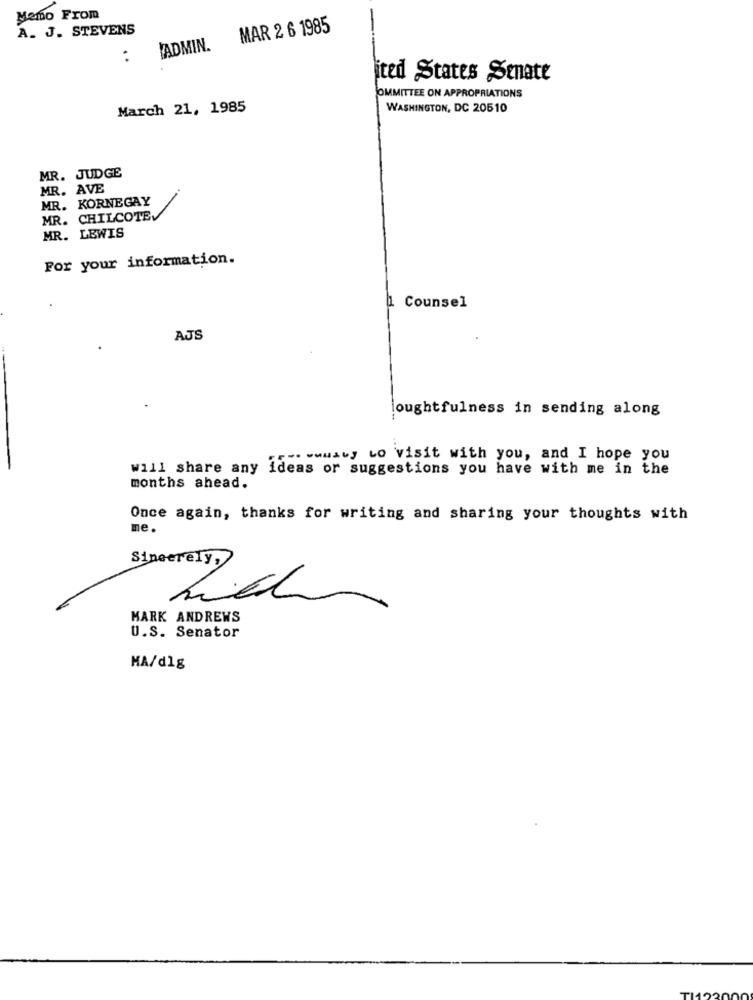
Memo From
A. J. STEVENS
ADMIN. MAR 2 6 1985
:
ited States Senate
COMMITTEE ON APPROPRIATIONS
March 21, 1985
WASHINGTON, DC 20510
MR. JUDGE
MR. AVE
MR. KORNEGAY
MR. CHILCOTEV
MR. LEWIS
For your information.
1 Counsel
AJS
oughtfulness in sending along
-. wwwany to visit with you, and I hope you
will share any ideas or suggestions you have with me in the
months ahead.
Once again, thanks for writing and sharing your thoughts with
me.
Sincerely,
MARK ANDREWS
U.S. Senator
MA/dlg